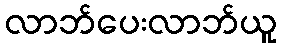
လာဘ်ပေးလာဘ်ယူ